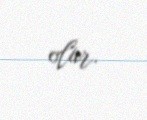
olur.